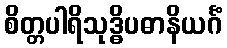
စိတ္တပါရိသုဒ္ဓိပဓာနိယင်္ဂံ